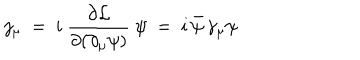
j _ { \mu } ~ = ~ i ~ { \frac { \partial { \cal L } } { \partial ( \partial _ { \mu } \psi ) } } ~ \psi ~ = ~ i \, \bar { \psi } \, \gamma _ { \mu } \psi